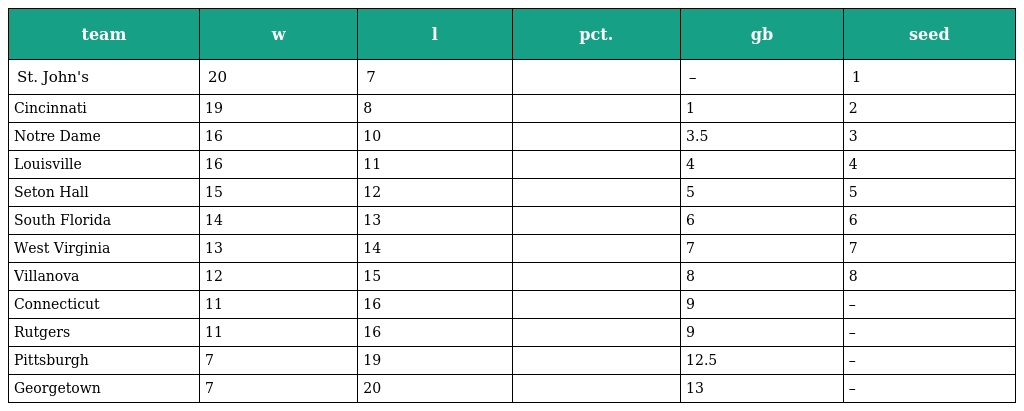
| team | w | l | pct. | gb | seed |
 | --- | --- | --- | --- | --- | --- |
 | St. John's | 20 | 7 |  | – | 1 |
 | Cincinnati | 19 | 8 |  | 1 | 2 |
 | Notre Dame | 16 | 10 |  | 3.5 | 3 |
 | Louisville | 16 | 11 |  | 4 | 4 |
 | Seton Hall | 15 | 12 |  | 5 | 5 |
 | South Florida | 14 | 13 |  | 6 | 6 |
 | West Virginia | 13 | 14 |  | 7 | 7 |
 | Villanova | 12 | 15 |  | 8 | 8 |
 | Connecticut | 11 | 16 |  | 9 | – |
 | Rutgers | 11 | 16 |  | 9 | – |
 | Pittsburgh | 7 | 19 |  | 12.5 | – |
 | Georgetown | 7 | 20 |  | 13 | – |